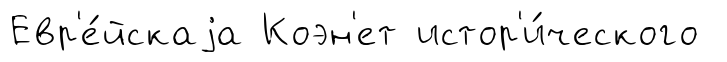
Евр'е́йскаjа Коэн'ет истор'и́ческого